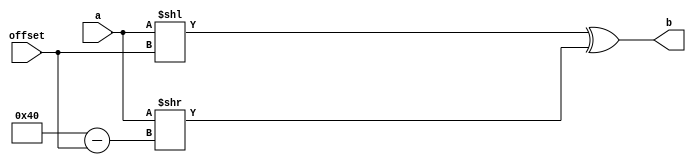
`timescale 1ns / 1ps
//////////////////////////////////////////////////////////////////////////////////
// Company: 
// Engineer: 
// 
// Design Name: 
// Module Name: ROL
// Project Name: 
// Target Devices: 
// Tool Versions: 
// Description: 
// 
// Dependencies: 
// 
// Revision:
// Revision 0.01 - File Created
// Additional Comments:
// 
//////////////////////////////////////////////////////////////////////////////////


module ROL(offset,a,b

    );
    input [31:0] offset;input [63:0]a;output [63:0]b;
    assign b= (a<<offset) ^ (a>>64-offset); 
endmodule